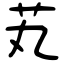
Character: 芄